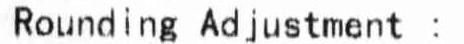
ROUNDING ADJUSTMENT